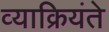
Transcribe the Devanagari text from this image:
व्याक्रियंते